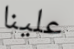
علينا